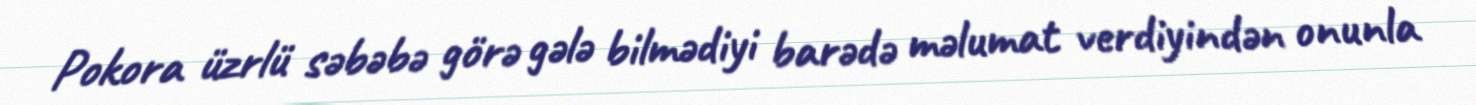
Pokora üzrlü səbəbə görə gələ bilmədiyi barədə məlumat verdiyindən onunla